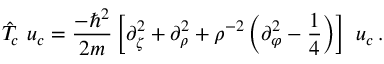
\hat { T } _ { \! c } ~ u _ { c } = \frac { - \hbar ^ { 2 } } { 2 m } \left[ \partial _ { \zeta } ^ { 2 } + \partial _ { \rho } ^ { 2 } + \rho ^ { - 2 } \left( \partial _ { \varphi } ^ { 2 } - \frac 1 4 \right) \right] ~ u _ { c } \, .